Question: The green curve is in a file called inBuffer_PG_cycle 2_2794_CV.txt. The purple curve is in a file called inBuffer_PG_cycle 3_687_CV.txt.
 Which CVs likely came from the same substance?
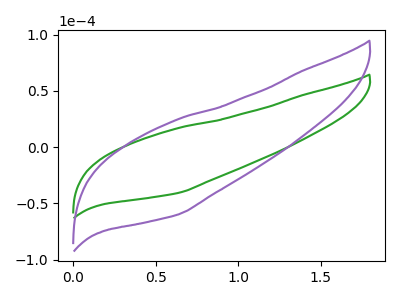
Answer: <think>The green curve "PG cycle 2" has no peaks. The purple curve "PG cycle 3" has no peaks.
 Neither "PG cycle 2" or "PG cycle 3" have any peaks.</think>
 <answer>"PG cycle 2" and "PG cycle 3" have the same shape and are likely CV's of the same chemical.</answer>
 <eval>"PG cycle 2" "PG cycle 3"</eval>